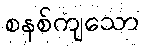
စနစ်ကျသော